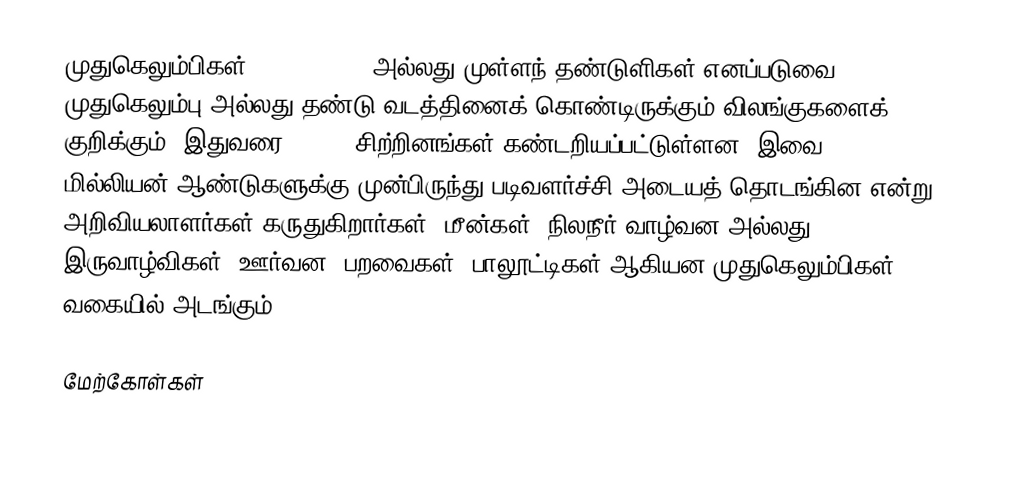
முதுகெலும்பிகள் (Vertebrate) அல்லது முள்ளந் தண்டுளிகள் எனப்படுவை முதுகெலும்பு அல்லது தண்டு வடத்தினைக் கொண்டிருக்கும் விலங்குகளைக் குறிக்கும். இதுவரை 57,739 சிற்றினங்கள் கண்டறியப்பட்டுள்ளன. இவை 530 மில்லியன் ஆண்டுகளுக்கு முன்பிருந்து படிவளர்ச்சி அடையத் தொடங்கின என்று அறிவியலாளர்கள் கருதுகிறார்கள். மீன்கள், நிலநீர் வாழ்வன அல்லது இருவாழ்விகள், ஊர்வன, பறவைகள், பாலூட்டிகள் ஆகியன முதுகெலும்பிகள் வகையில் அடங்கும்.

மேற்கோள்கள்